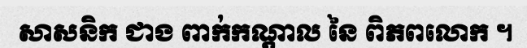
សាសនិក ជាង ពាក់កណ្តាល នៃ ពិភពលោក ។